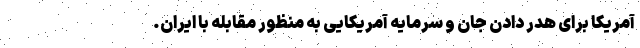
آمریکا برای هدر دادن جان و سرمایه آمریکایی به منظور مقابله با ایران.